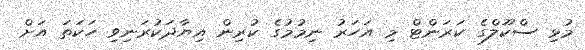
މުޅި ސްކޫލްގެ ކަރަންޓް މި އަހަރު ނިމުމުގެ ކުރިން އިޔާދަކުރަނިވި ހަކަތަ އަށް